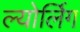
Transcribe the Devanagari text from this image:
ल्योर्लिग